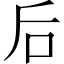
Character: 后